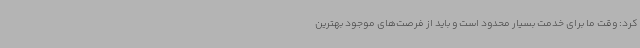
کرد: وقت ما برای خدمت بسیار محدود است و باید از فرصت‌های موجود بهترین